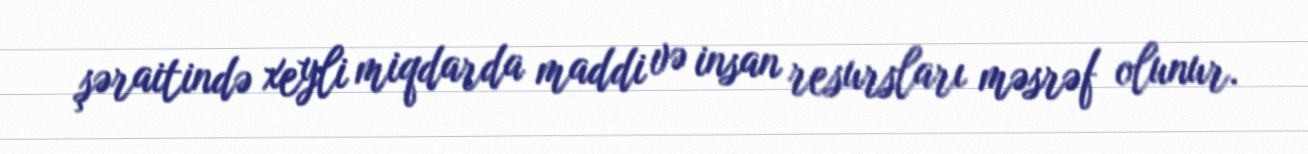
şəraitində xeyli miqdarda maddi və insan resursları məsrəf olunur.